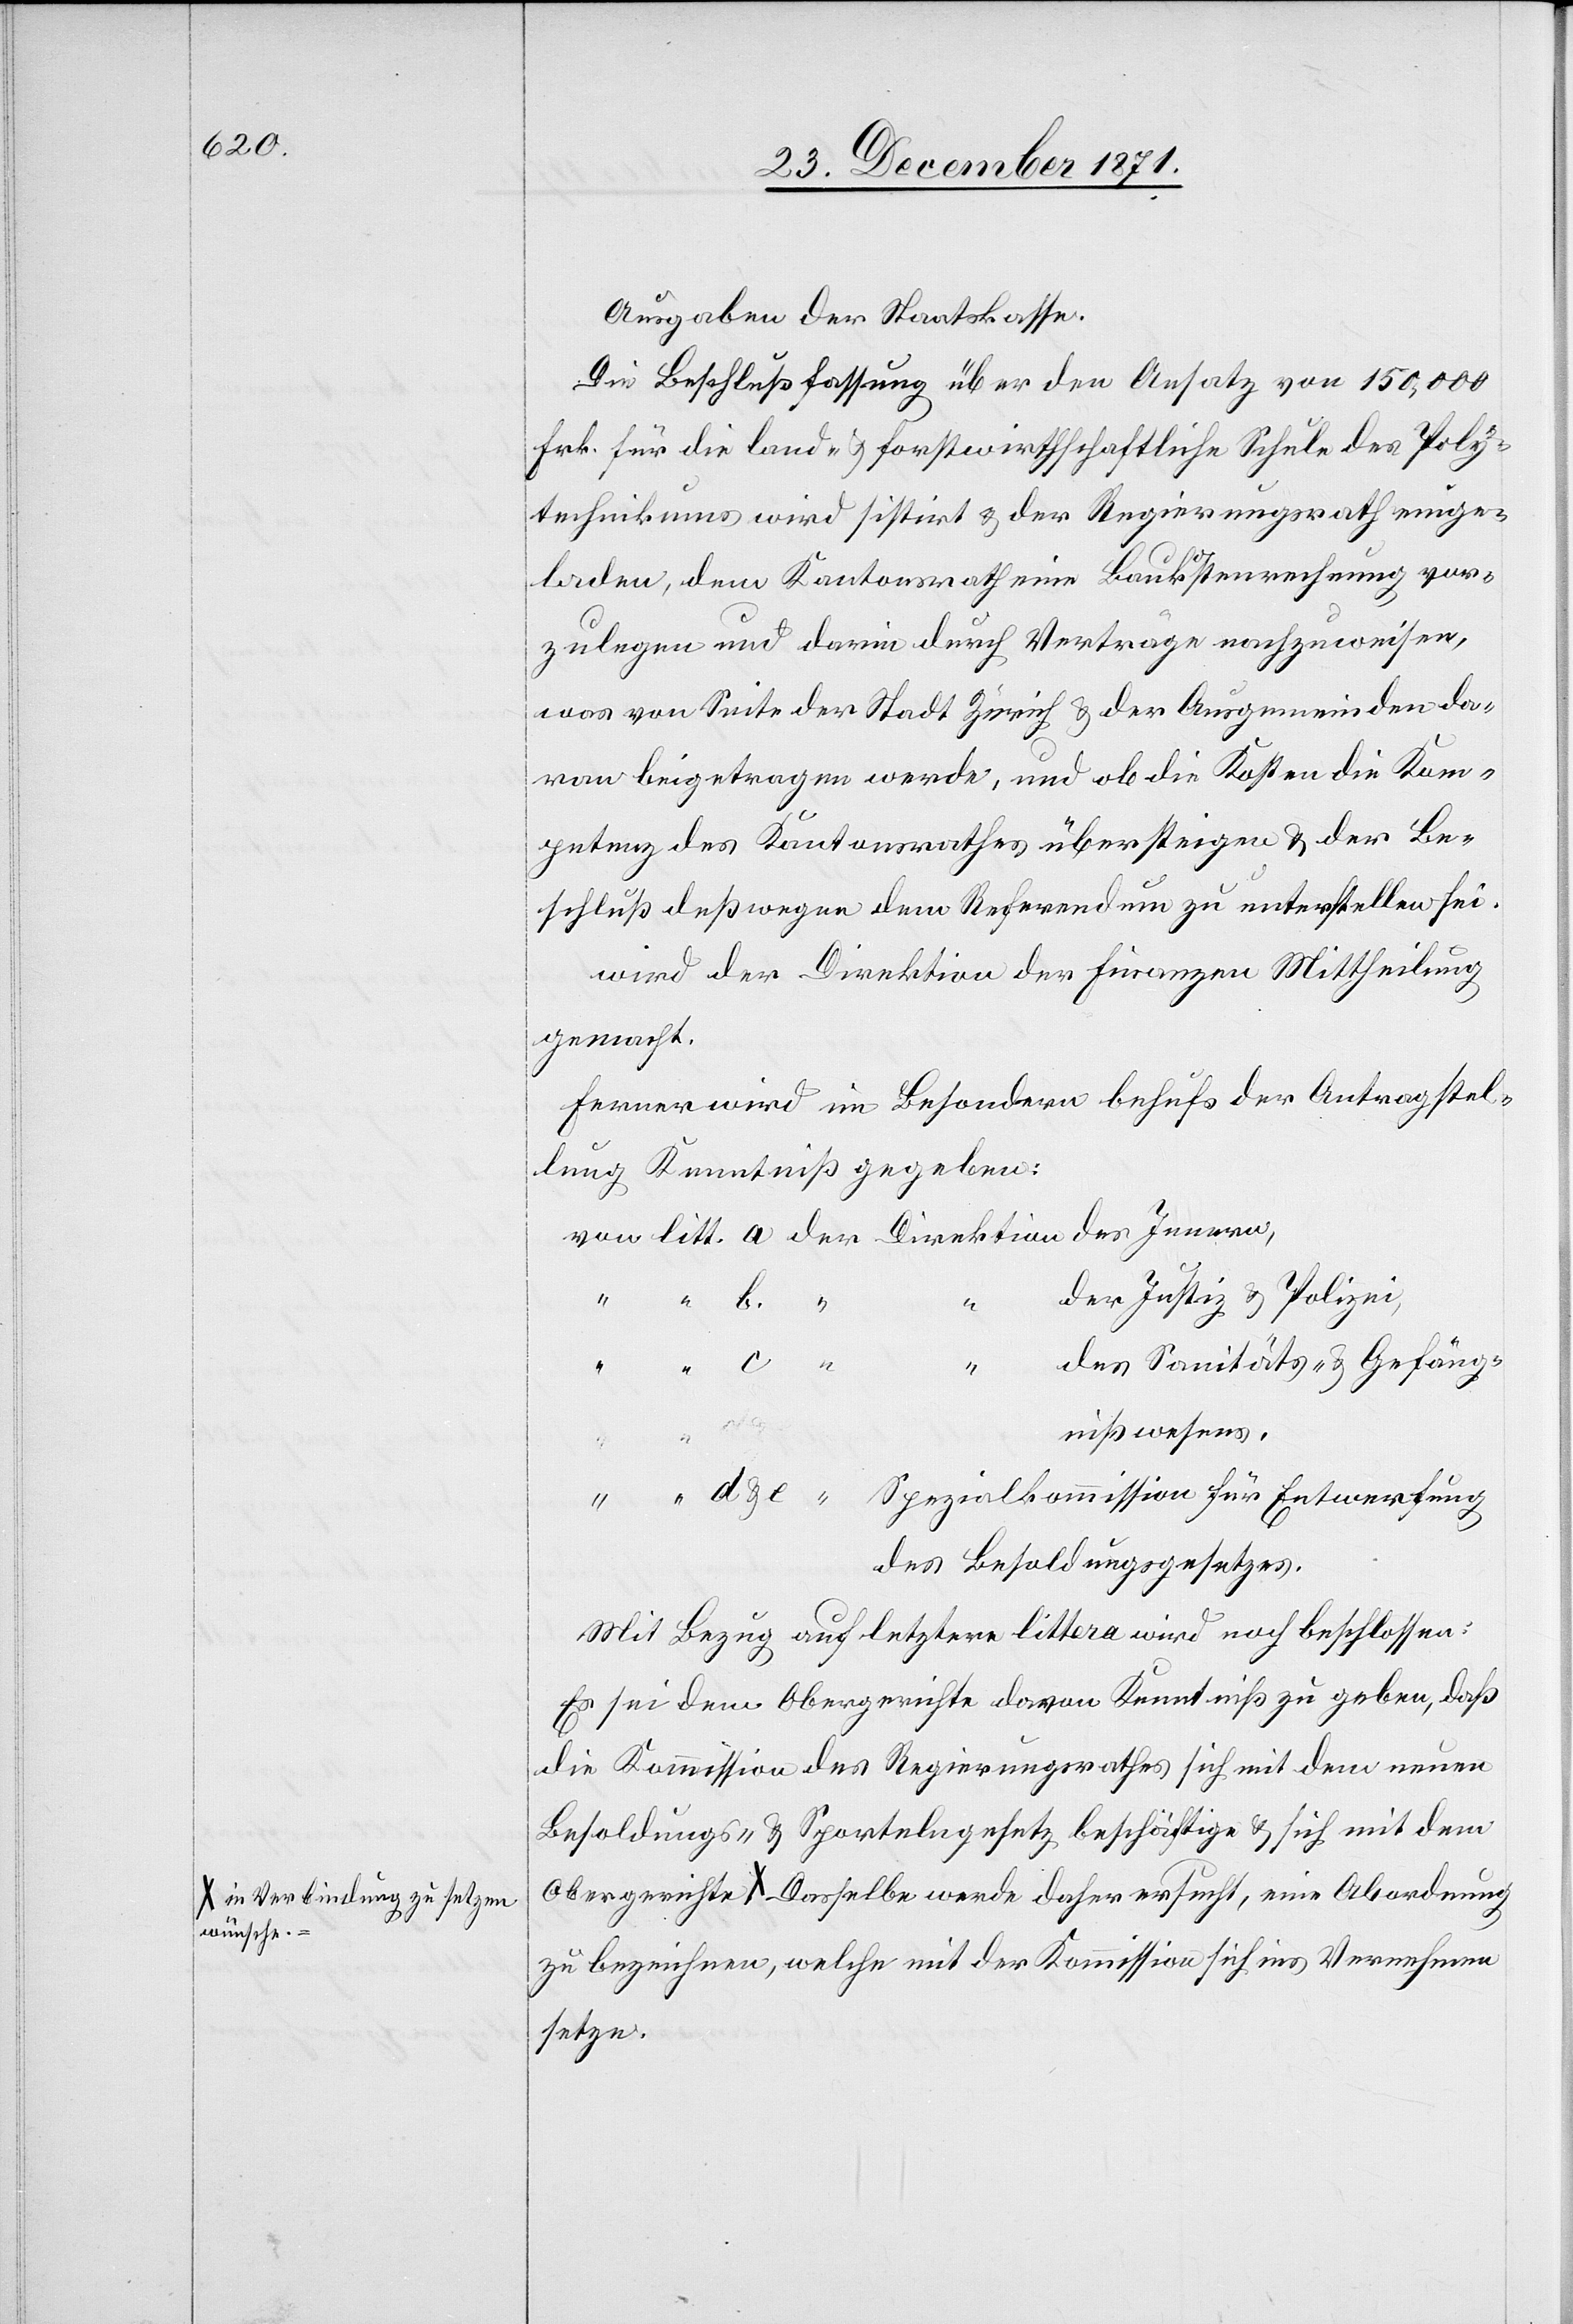
a-in Verbindung zu setzen
wünsche.-a

Ausgaben der Staatskasse.
Die Beschlussfassung über den Ansatz von 150,000
Frk. für die land- & forstwirthschaftliche Schule des Poly¬
technikums wird sistirt & der Regierungsrath einge¬
laden, dem Kantonsrath eine Baukostenrechnung vor¬
zulegen und darin durch Verträge nachzuweisen,
was von Seite der Stadt Zürich & der Ausgemeinden da¬
von beigetragen werde, und ob die Kosten die Kom¬
petenz des Kantonsrathes übersteigen & der Be¬
schluß deßwegen dem Referenden zu unterstellen sei.
wird der Direktion der Finanzen Mittheilung
gemacht.
Ferner wird im Besondern behufs der Antragstel¬
lung Kenntniß gegeben:
von litt. a der Direktion des Innern,
der Justiz & Polizei,
c.
des Sanitäts- & Gefäng¬
nißwesens,
“ “ d & e “ Spezialkommission für Entwerfung
des Besoldungsgesetzes.
Mit Bezug auf letztere littera wird noch beschlossen:
Es sei dem Obergerichte davon Kenntniß zu geben, daß
die Kommission des Regierungsrathes sich mit dem neuen
Besoldungs- & Sportelngesetz beschäftige & sich mit dem
zu bezeichnen, welche mit der Kommission sich ins Vernehmen
setze.